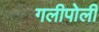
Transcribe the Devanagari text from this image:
गलीपोली